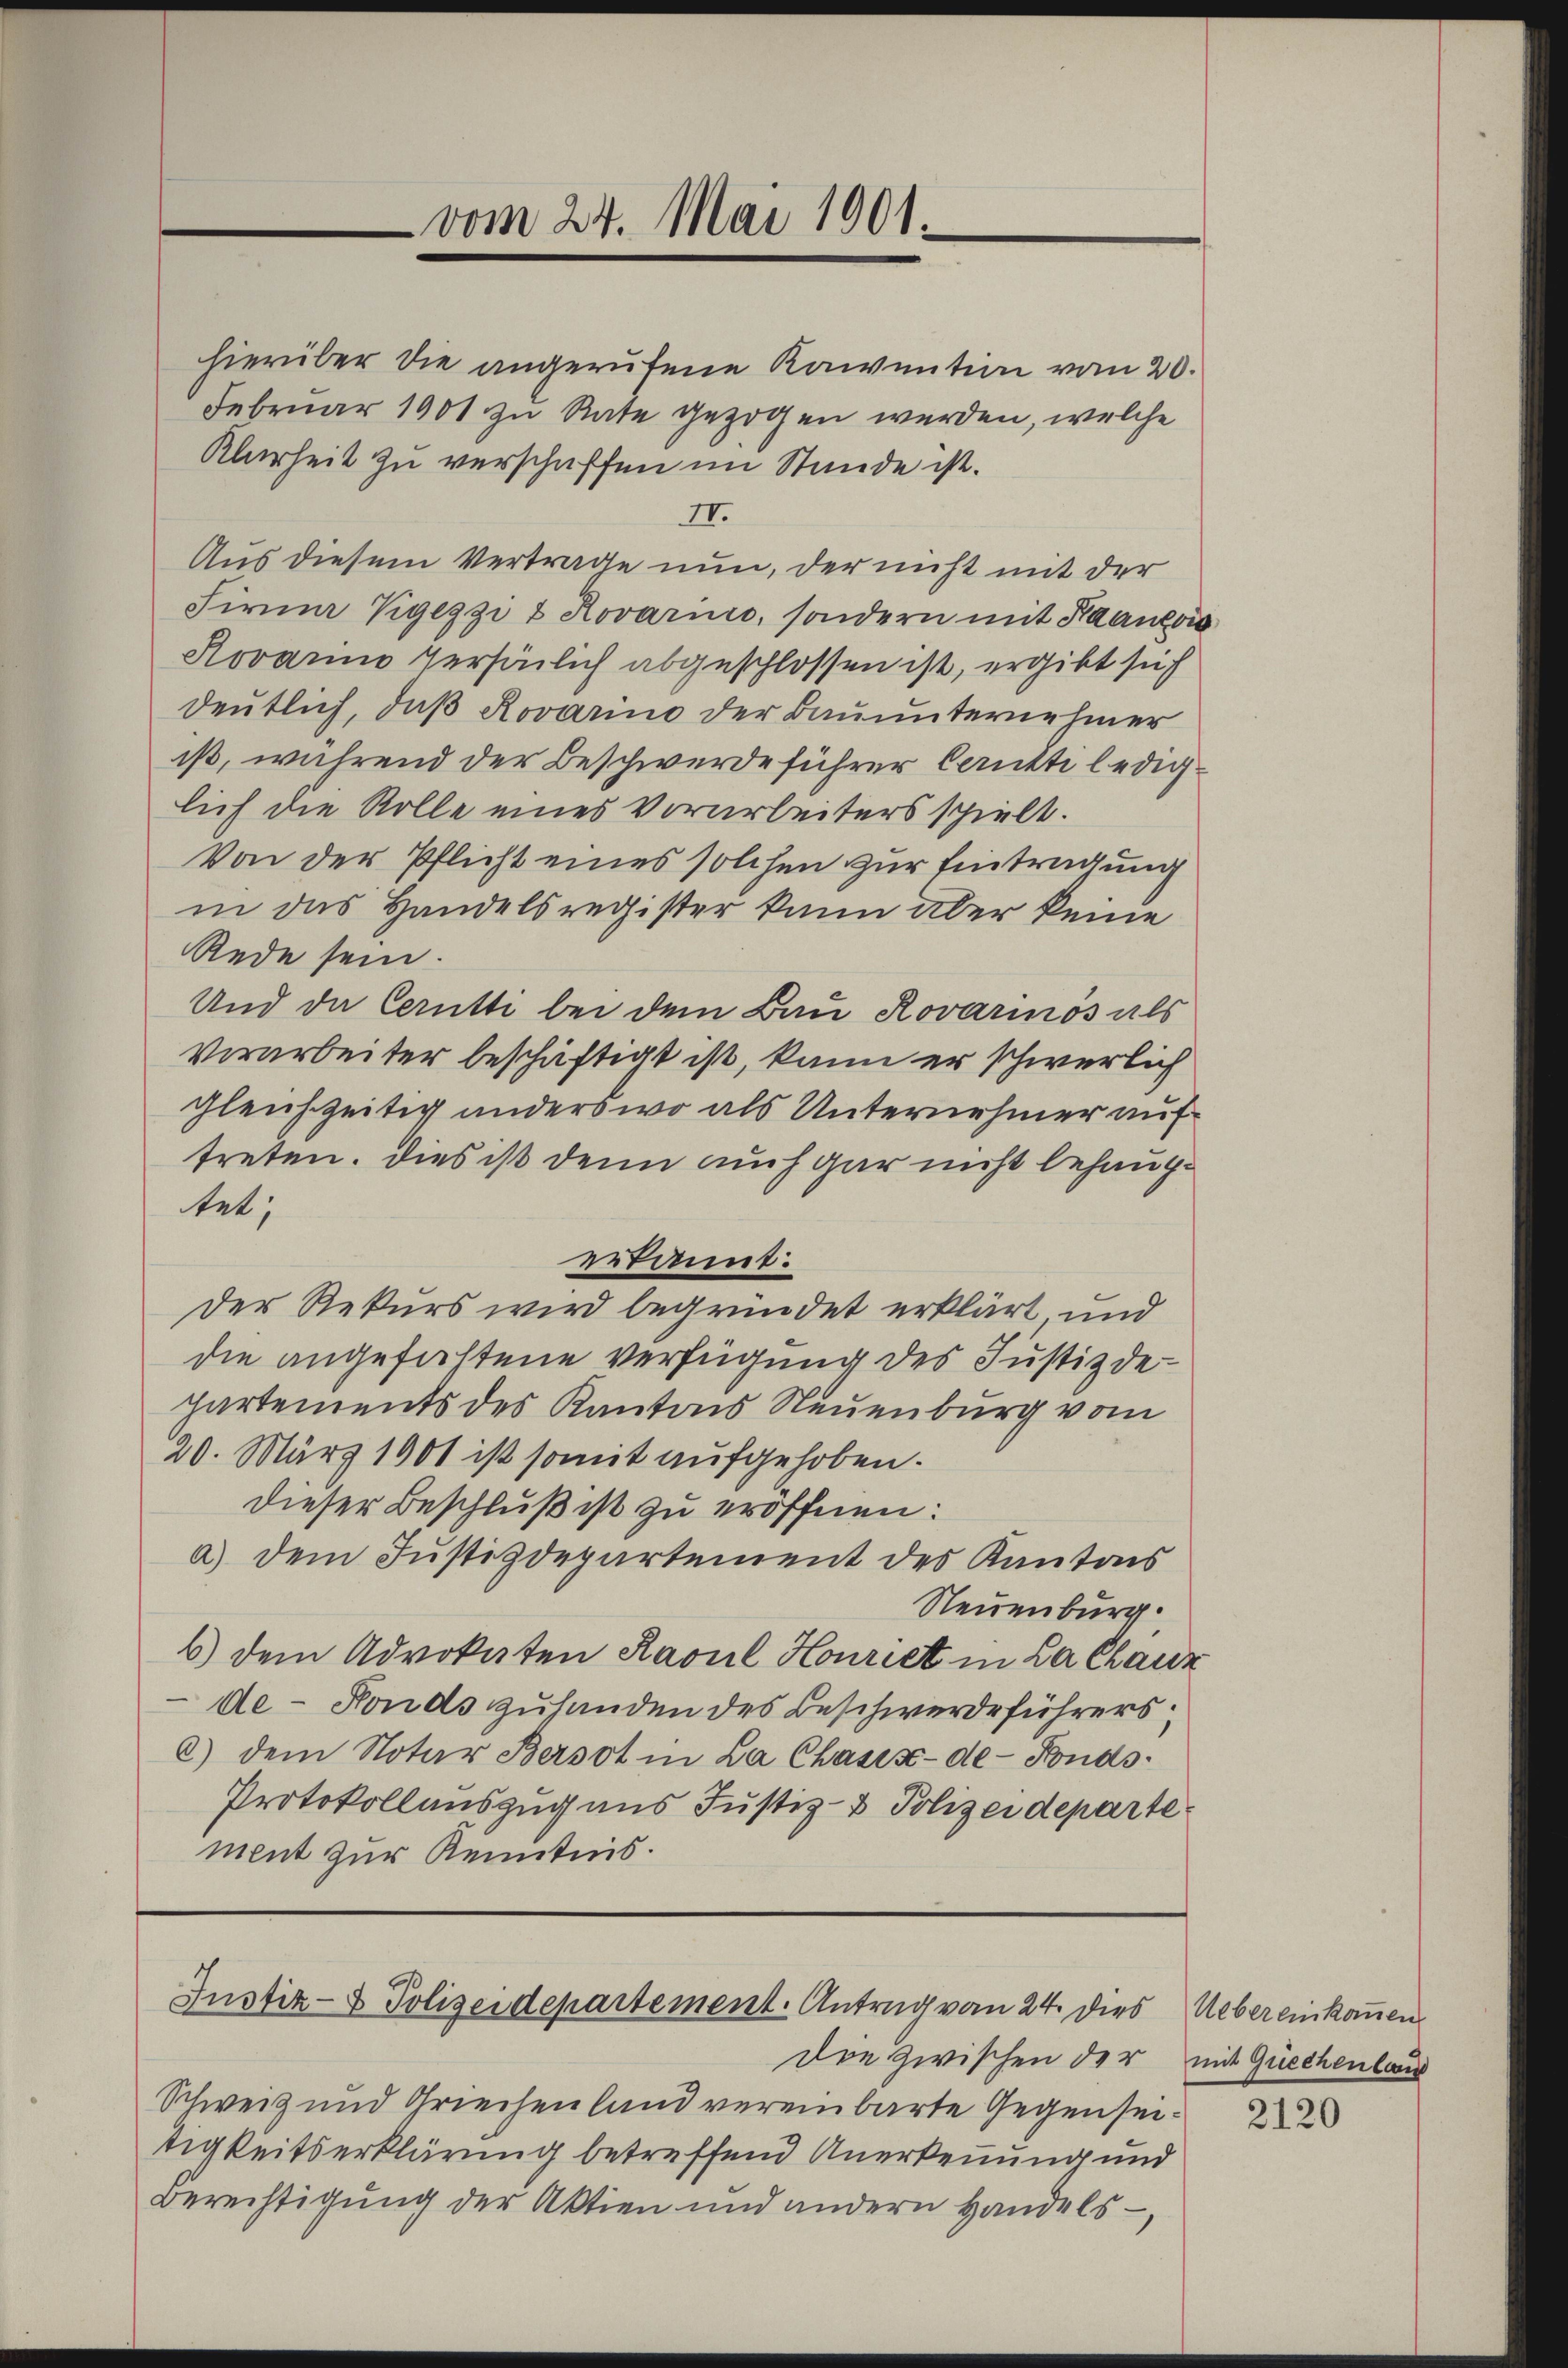
vom 24. Mai 1901.

hierüber die angerufene Kaiention vom 20.
Februar 1901 zu Rate gezogen werden, welche
Klarheit zu verschaffen im Stande ist.
II.
Aus diesem Vertrage nun, der nicht mit der
Firma Vigezzi & Rovario, sondern mit Raancois
Rovarino Persönlich abgeschlossen ist, ergibt sich
deutlich, daß Rovarino der Bauunternehmer
ist, während der Beschwerde führer Cerutti lediglich die Rolle eines Vorarbeiters spielt.
Von der Pflicht eines solchen zur Eintragung
in das Handelsregister kann aber keine
Rede sein.
Und da Cerutti bei dem Bau Rovarinos als
Vorarbeiter beschäftigt ist, kann er schwerlich
gleichzeitig anderswo als Unternehmer auftreten. Dies ist denn auch gar nicht behauptet;
erkannt:
der Rekurs wird begründet erklärt und
die angefaltene Verfügung des Justizdepartements des Kantons Neuenburg vom
20. März 1901 ist somit aufgehoben.
dieser Beschluß ist zu eröffnen:
a) dem Justizdepartement des Kantons
Neuenburg.
6) dem Advokaten Rasul Honriet in La Chaux
de-Fonds zuhanden des Beschwerdeführers.
c.) dem Notar Bersot in La Chasis-de-Fonds¬
Protokollauszug aus Justiz- & Polizeideparte
ment zur Kenntnis.

Justiz- & Polizeidepartement. Antrag von 24. dies

Schweiz und Griechenland vereinbarte Gegenseitigkeitserklärung betreffend Anerkennung und
Berechtigung der Aktien und andern Handels

die zwischen der mit Quechenland

Uebereinkommen

2120